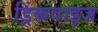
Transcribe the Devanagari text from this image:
ड्रिंकवाइज